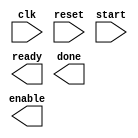
module timing_control_block (
   input wire clk,      // Clock input
   input wire reset,    // Reset input
   input wire start,    // Start signal input
   output wire ready,   // Ready signal output
   output wire enable,  // Enable signal output
   output wire done     // Done signal output
);

   // Timing control logic goes here

endmodule